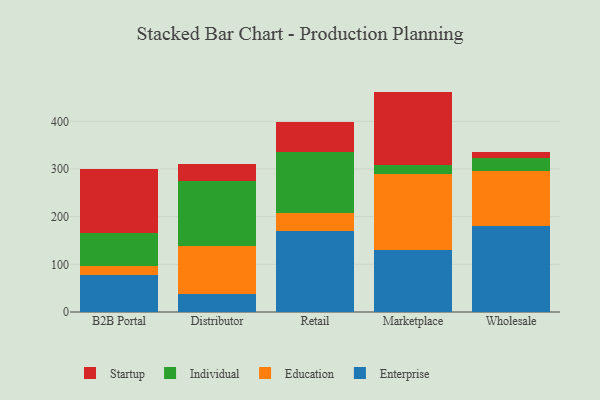
{"axis": {"x": "Channel", "y": "Gross Profit (USD K)"}, "legend": ["Education", "Enterprise", "Individual", "Startup"], "data": [{"x": "B2B Portal", "y": 77.6, "type": "Enterprise"}, {"x": "B2B Portal", "y": 19.1, "type": "Education"}, {"x": "B2B Portal", "y": 69.3, "type": "Individual"}, {"x": "B2B Portal", "y": 134.0, "type": "Startup"}, {"x": "Distributor", "y": 37.0, "type": "Enterprise"}, {"x": "Distributor", "y": 101.8, "type": "Education"}, {"x": "Distributor", "y": 136.8, "type": "Individual"}, {"x": "Distributor", "y": 33.9, "type": "Startup"}, {"x": "Retail", "y": 170.9, "type": "Enterprise"}, {"x": "Retail", "y": 37.2, "type": "Education"}, {"x": "Retail", "y": 128.5, "type": "Individual"}, {"x": "Retail", "y": 61.6, "type": "Startup"}, {"x": "Marketplace", "y": 131.1, "type": "Enterprise"}, {"x": "Marketplace", "y": 157.4, "type": "Education"}, {"x": "Marketplace", "y": 20.6, "type": "Individual"}, {"x": "Marketplace", "y": 153.3, "type": "Startup"}, {"x": "Wholesale", "y": 179.8, "type": "Enterprise"}, {"x": "Wholesale", "y": 115.8, "type": "Education"}, {"x": "Wholesale", "y": 27.5, "type": "Individual"}, {"x": "Wholesale", "y": 13.1, "type": "Startup"}]}